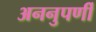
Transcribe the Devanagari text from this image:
अननुपर्णी